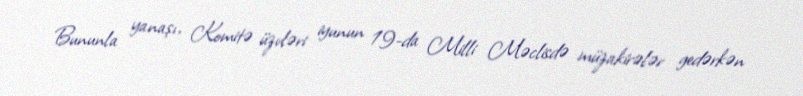
Bununla yanaşı, Komitə üzvləri iyunun 19-da Milli Məclisdə müzakirələr gedərkən